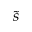
\tilde { s }